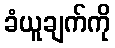
ခံယူချက်ကို